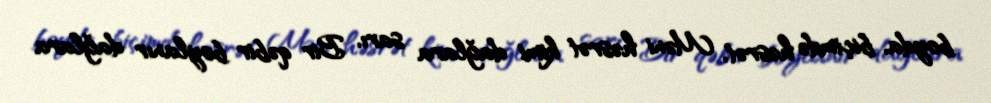
boyda, biçimdə həsrət, Məni həsrət kimi dağlara sarı, Bir qəbir boylanır dağlara